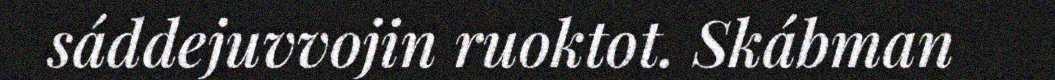
sáddejuvvojin ruoktot. Skábman